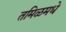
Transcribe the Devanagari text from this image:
तमिळमधे